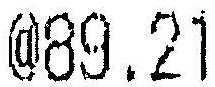
@89.21